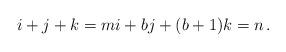
LaTeX: \begin{align*}i+j+k=m i+bj + (b+1) k = n\,.\end{align*}